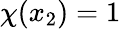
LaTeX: \chi(x_{2})=1